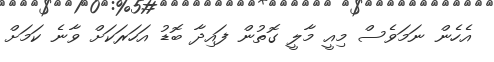
އެހެން ނަމަވެސް މިއީ މާލީ ގޮތުން ފައިދާ ބޮޑު އަހަރަކަށް ވާނެ ކަމަށް